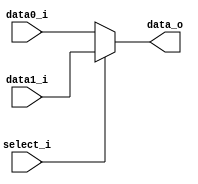
// 0816153

`timescale 1ns/1ps
module MUX_2to1(
   data0_i,
   data1_i,
   select_i,
   data_o
);

parameter size = 0;			   
			
// I/O ports               
input   [size-1:0] data0_i;          
input   [size-1:0] data1_i;
input              select_i;
output  [size-1:0] data_o; 

// Internal Signals
reg     [size-1:0] data_o;

// Main function

always @(*) begin
	data_o <= select_i ? data1_i : data0_i;
	
	// if (select_i == 1'b1) begin
	// 	data_o <= data1_i;		
	// end
	// if (select_i == 1'b0) begin 
	// 	data_o <= data0_i;
	// end
end

endmodule